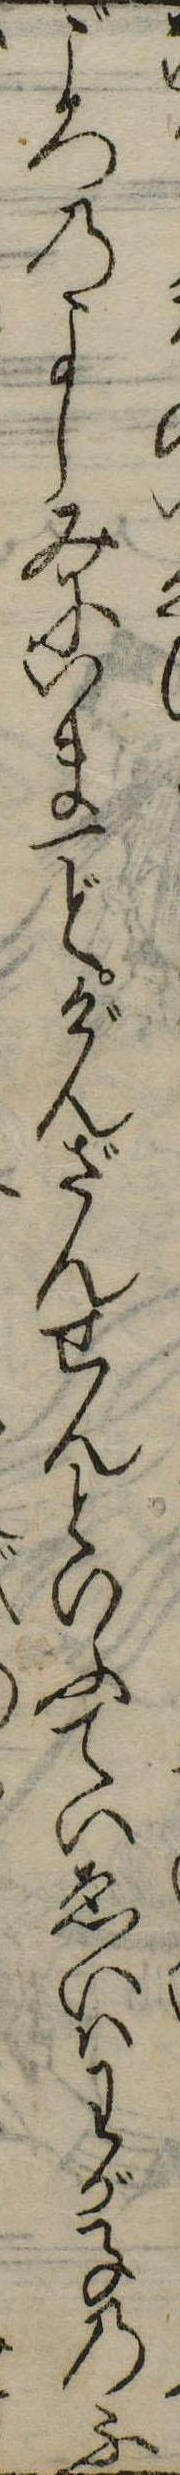
ごろのよしみにいま一どげんざんせんといふていゑいはわが子のふ